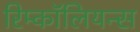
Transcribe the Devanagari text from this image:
रिम्कॉलियन्स